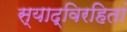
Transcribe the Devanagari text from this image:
स्याद्विरहितां